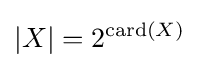
|X|=2^{\operatorname {card} (X)}